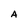
Character: A